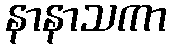
နာနာသကာ